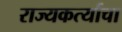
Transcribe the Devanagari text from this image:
राज्यकर्त्याचा